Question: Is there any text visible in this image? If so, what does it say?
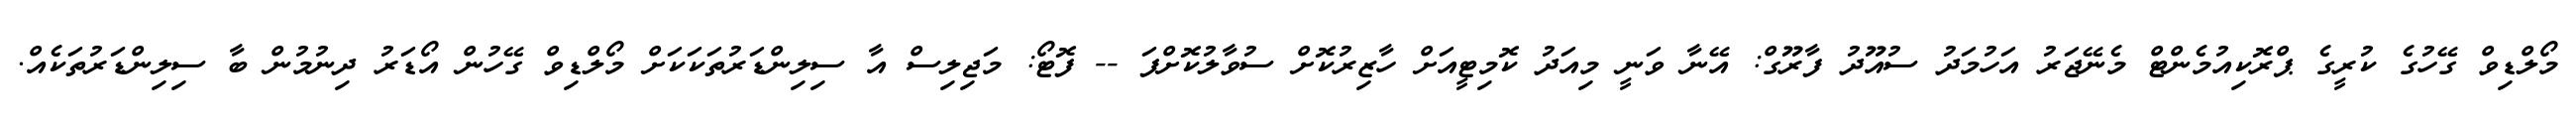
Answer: މޯލްޑިވް ގޭހުގެ ކުރީގެ ޕްރޮކިއުމެންޓް މެނޭޖަރު އަހުމަދު ސުއޫދު ފާރޫގް: އޭނާ ވަނީ މިއަދު ކޮމިޓީއަށް ހާޒިރުކޮށް ސުވާލުކޮށްފަ -- ފޮޓޯ: މަޖިލިސް އާ ސިލިންޑަރުތަކަކަށް މޯލްޑިވް ގޭހުން އޯޑަރު ދިނުމުން ބާ ސިލިންޑަރުތަކެއް.